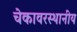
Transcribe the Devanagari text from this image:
चेकावरस्थानीय